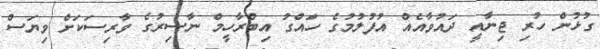
ގުޅުން ހުރި ޖިނާއީ ދައުވާއެއް އުފުލުމުގެ ހައްގު އިބްރާހީމް ނާސިރުގެ ވާރިސަކަށް ވިޔަސް